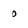
Character: o